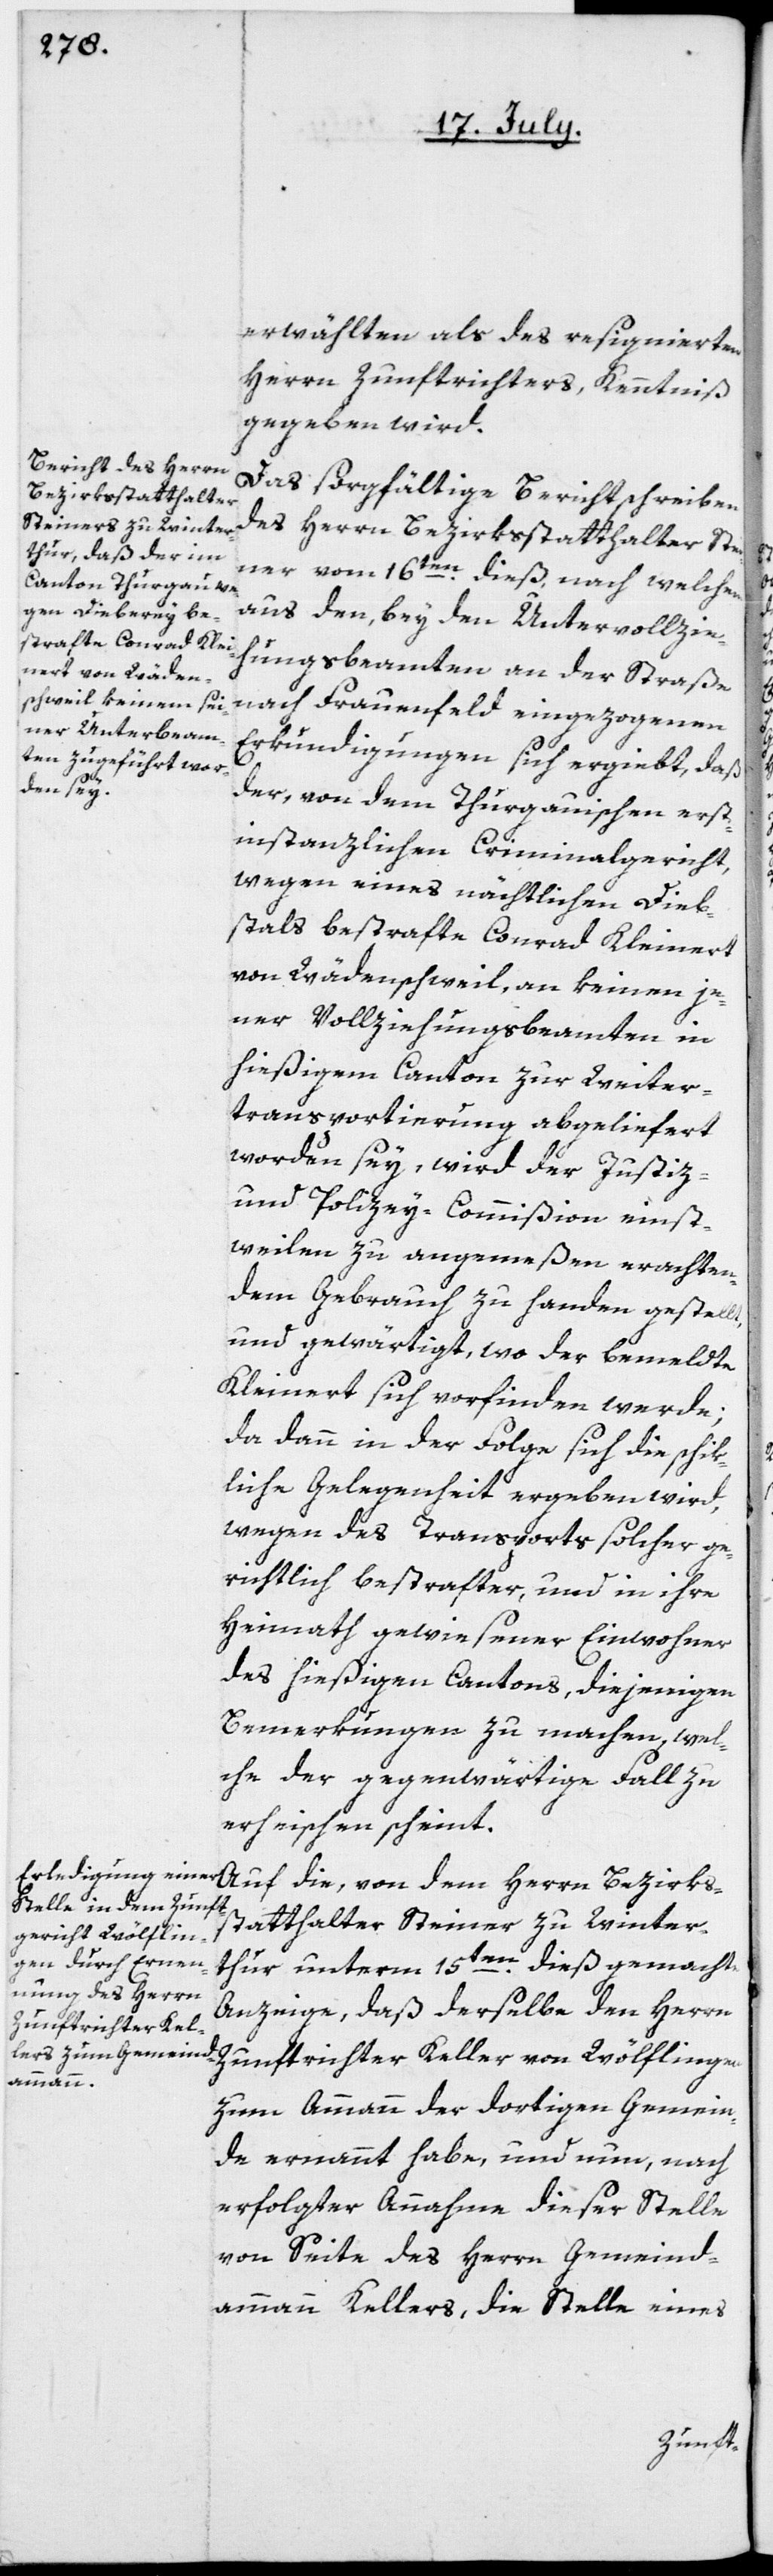
erwählten als des resignierten
Herrn Zunftrichters, Kenntniß
gegeben wird.
Das sorgfältige Berichtschreiben
des Herrn Bezirksstatthalter Stei¬
ner vom 16ten dieß, nach welchem
aus den, bey den Untervollzie¬
hungsbeamten an der Straße
nach Frauenfeld eingezogenen
Erkundigungen sich ergiebt, daß
der, von dem Thurgauischen erst¬
instanzlichen Criminalgericht,
wegen eines nächtlichen Dieb¬
stals bestrafte Conrad Kleinert
von Wädenschweil, an keinen je¬
ner Vollziehungsbeamten in
hießigem Canton zur Weiter¬
transportierung abgeliefert
worden sey, wird der Justiz-
und Polizey-Commißion einst¬
weilen zu angemeßen erachten¬
dem Gebrauch zu Handen gestellt,
und gewärtigt, wo der bemeldte
Kleinert sich vorfinden werde;
da dann in der Folge sich die schik¬
liche Gelegenheit ergeben wird,
wegen des Transports solcher ge¬
richtlich bestrafter, und in ihre
Heimath gewiesener Einwohner
des hießigen Cantons, diejenigen
Bemerkungen zu machen, wel¬
che der gegenwärtige Fall zu
erheischen scheint.
Auf die, von dem Herrn Bezirks¬
statthalter Steiner zu Winter¬
thur unterm 15ten dieß gemachte
Anzeige, daß derselbe den Herrn
Zunftrichter Keller von Wölflingen
zum Ammann der dortigen Gemein¬
de ernannt habe, und nun, nach
erfolgter Annahme dieser Stelle
von Seite des Herrn Gemeind¬
ammann Kellers, die Stelle eines